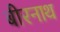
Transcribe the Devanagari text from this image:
बीरनाथ